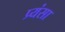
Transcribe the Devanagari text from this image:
प्र्यंसा